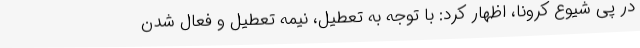
در پی شیوع کرونا، اظهار کرد: با توجه به تعطیل، نیمه تعطیل و فعال شدن